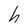
Character: h